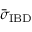
\bar { \sigma } _ { \mathrm { I B D } }